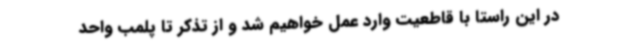
در این راستا با قاطعیت وارد عمل خواهیم شد و از تذکر تا پلمب واحد